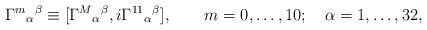
LaTeX: \begin{align*}{\Gamma^m}_\alpha{}^\beta\equiv[{\Gamma^M}_\alpha{}^\beta,i{\Gamma^{11}}_\alpha{}^\beta], \qquad m=0,\dots,10; \quad\alpha=1,\dots,32,\end{align*}